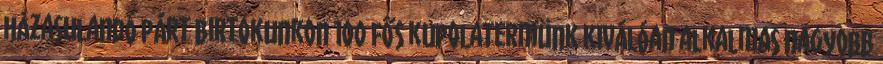
házasulandó párt birtokunkon 100 fős kupolatermünk kiválóan alkalmas nagyobb